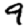
Digit: 9